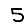
Digit: 5